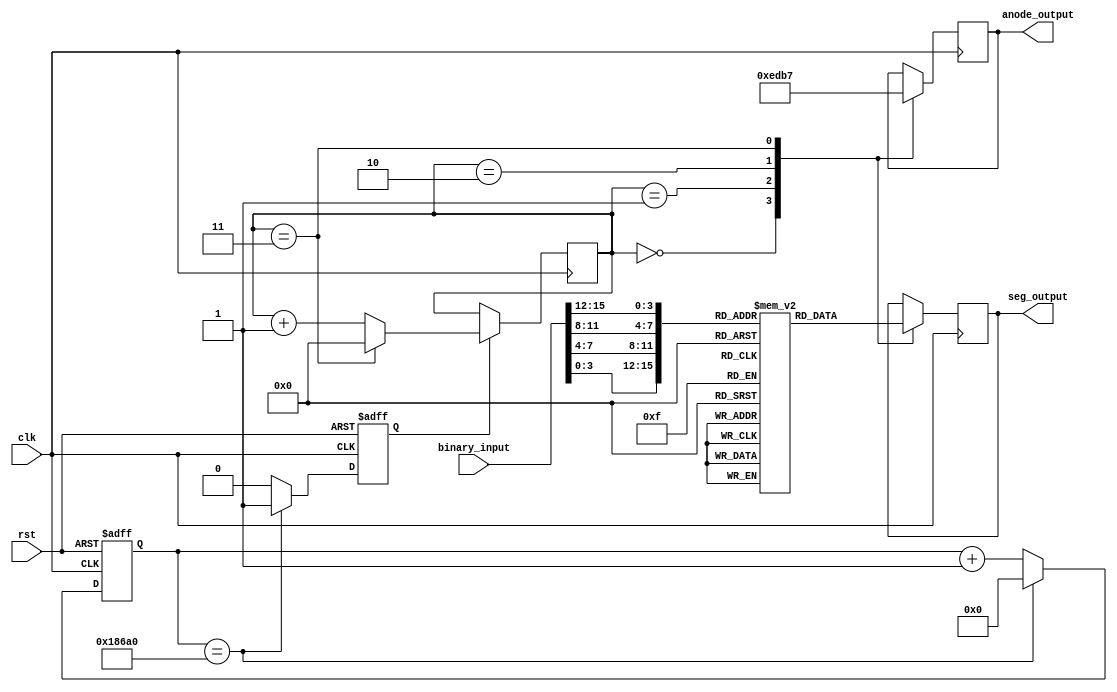
module CustomSevenSegmentMultiplex(
    input wire clk,
    input wire rst,
    input wire [15:0] binary_input,
    output reg [6:0] seg_output,
    output reg [3:0] anode_output
);
    reg update_flag;
    reg [3:0] digit_counter = 4'b0000;
    reg [2:0] counter;
    reg [19:0] refresh_count;

    always @(posedge clk or posedge rst) begin
        if (rst) begin
            counter <= 0;
            refresh_count <= 0;
            update_flag = 0;
        end else begin
            counter <= counter + 1'b1;
            refresh_count <= refresh_count + 1'b1;
            if(refresh_count == 100_000) begin
                refresh_count <= 0;
                update_flag = 1;
            end else
                update_flag = 0;
        end
    end

    reg [6:0] seven_seg_patterns [15:0];

    initial begin
        seven_seg_patterns[0] = 7'b1000000; // 0
        seven_seg_patterns[1] = 7'b1111001; // 1
        seven_seg_patterns[2] = 7'b0100100; // 2
        seven_seg_patterns[3] = 7'b0110000; // 3
        seven_seg_patterns[4] = 7'b0011001; // 4
        seven_seg_patterns[5] = 7'b0010010; // 5
        seven_seg_patterns[6] = 7'b0000010; // 6
        seven_seg_patterns[7] = 7'b1111000; // 7
        seven_seg_patterns[8] = 7'b0000000; // 8
        seven_seg_patterns[9] = 7'b0010000; // 9
        seven_seg_patterns[10] = 7'b0001000; // 9
        seven_seg_patterns[11] = 7'b0000011; // 9
        seven_seg_patterns[12] = 7'b1000110; // 9
        seven_seg_patterns[13] = 7'b0100001; // 9
        seven_seg_patterns[14] = 7'b0000110; // 9
        seven_seg_patterns[15] = 7'b0001110; // 9
    end

    always @(posedge clk) begin
        if(update_flag == 1) begin
            if (digit_counter == 4'd3)
                digit_counter <= 4'd0;
            else
                digit_counter <= digit_counter + 1;
        end
        case(digit_counter)
            4'd0: begin
                seg_output <= seven_seg_patterns[binary_input[3:0]];
                anode_output <= 4'b1110;
            end
            4'd1: begin
                seg_output <= seven_seg_patterns[binary_input[7:4]];
                anode_output <= 4'b1101;
            end
            4'd2: begin
                seg_output <= seven_seg_patterns[binary_input[11:8]];
                anode_output <= 4'b1011;
            end
            4'd3: begin
                seg_output <= seven_seg_patterns[binary_input[15:12]];
                anode_output <= 4'b0111;
            end
        endcase
    end
endmodule